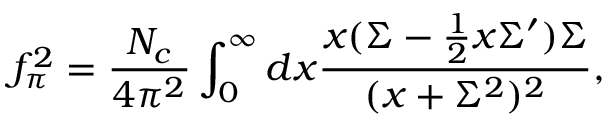
\displaystyle f _ { \pi } ^ { 2 } = \frac { N _ { c } } { 4 \pi ^ { 2 } } \int _ { 0 } ^ { \infty } d x \frac { x ( \Sigma - \frac { 1 } { 2 } x \Sigma ^ { \prime } ) \Sigma } { ( x + \Sigma ^ { 2 } ) ^ { 2 } } ,